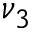
\nu _ { 3 }